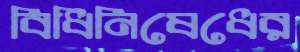
বিধিনিষেধের